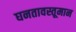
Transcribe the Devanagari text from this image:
घनतावस्तूमान